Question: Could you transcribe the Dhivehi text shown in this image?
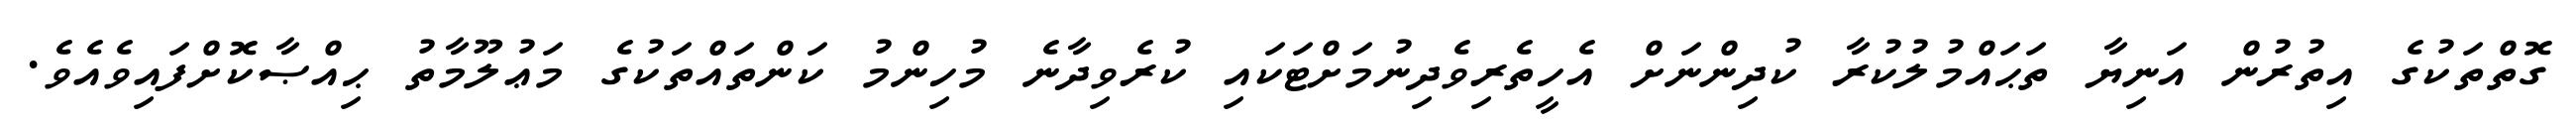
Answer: ގޮތްތަކުގެ އިތުރުން އަނިޔާ ތަޙައްމުލުކުރާ ކުދިންނަށް އެހީތެރިވެދިނުމަށްޓަކައި ކުރެވިދާނެ މުހިންމު ކަންތައްތަކުގެ މަޢުލޫމާތު ޙިއްޞާކޮށްފައިވެއެވެ.